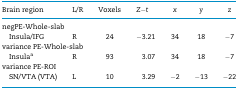
<table><thead><tr><td><b>Brain region</b></td><td><b>L/R</b></td><td><b>Voxels</b></td><td><b><i>Z−t</i></b></td><td><b><i>x</i></b></td><td><b><i>y</i></b></td><td><b><i>z</i></b></td></tr></thead><tbody><tr><td colspan="7">negPE-Whole-slab</td></tr><tr><td>Insula/IFG</td><td>R</td><td>24</td><td>−3.21</td><td>34</td><td>18</td><td>−7</td></tr><tr><td colspan="7">variance PE-Whole-slab</td></tr><tr><td>Insula<sup>a</sup></td><td>R</td><td>93</td><td>3.07</td><td>34</td><td>18</td><td>−7</td></tr><tr><td colspan="7">variance PE-ROI</td></tr><tr><td>SN/VTA (VTA)</td><td>L</td><td>10</td><td>3.29</td><td>−2</td><td>−13</td><td>−22</td></tr></tbody></table>